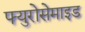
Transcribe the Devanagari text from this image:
फ्युरोसेमाइड